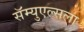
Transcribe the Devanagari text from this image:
सॅम्युएल्सला